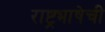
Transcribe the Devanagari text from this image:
राष्ट्रभाषेची